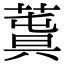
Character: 𦸬